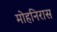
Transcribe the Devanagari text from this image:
मोहनिरास